Annual report on the Civil Veterinary Department, Burma (including the Insein Veterinary School) - 1932-1941
Year: 1932
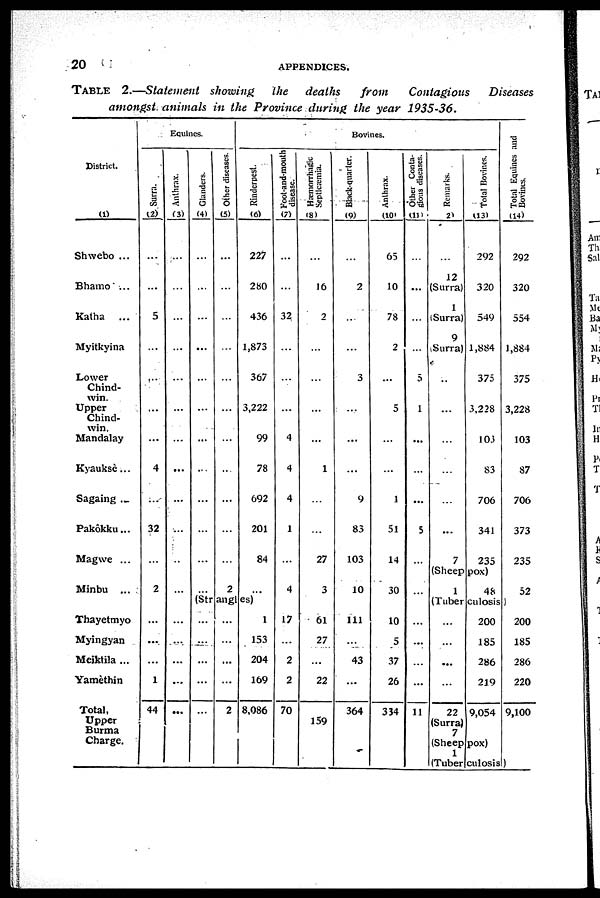
20
APPENDICES.
TABLE
2.—Statement showing
the
deaths
from
Contagious
Diseases
amongst
animals
in the Province
during
the year
1935-36.
District.
(1)
Shwebo ...
Bhamo ...
Katha
...
Myitkyina
Lower
Chind-
win.
Upper
Chind-
win.
Mandalay
Kyauksè ...
Sagaing ...
Pakôkku ...
Magwe ...
Minbu ...
Thayetmyo
Myingyan
Meiktila ...
Yamèthin
Total,
Upper
Burma
Charge.
Equines.
Surra.
(2)
...
...
5
...
...
...
...
4
...
32
...
2
...
...
...
1
44
Anthrax.
(3)
...
...
...
...
...
...
...
...
...
...
...
...
...
...
...
...
Glanders.
(4)
...
...
...
...
...
...
...
...
...
...
...
...
Other diseases.
(5)
...
...
...
...
...
...
...
...
...
...
...
2
Bovines.
Rinderpest.
(6)
227
280
436
1,873
367
3,222
99
78
692
201
84
...
(Strangles)
...
...
...
...
...
...
...
...
...
2
1
153
204
169
8,086
Foot-and-mouth
disease.
(7)
...
...
32
...
...
...
4
4
4
1
4
17
...
2
2
70
Hæmorrhagic
Septicæmia.
(8)
...
16
2
...
...
...
...
1
...
...
27
3
61
27
...
22
159
Black-quarter.
(9)
...
2
...
...
3
...
...
...
9
83
103
10
111
...
43
...
364
Anthrax.
(10)
65
10
78
2
...
5
...
...
1
51
14
30
10
5
37
26
334
Other Conta-
gious diseases.
(11)
...
...
...
...
3
1
...
...
...
5
...
...
...
...
...
...
11
Remarks.
2)
...
12
(Surra)
(Surra)
9
Surra)
...
...
...
...
...
...
7
Total Bovines.
(13)
292
320
549
1,884
375
3,228
103
83
706
341
235
(Sheep pox)
1
48
Total Equines and
(14)
292
320
554
1,884
375
3,228
103
87
706
373
235
52
(Tuberculosis)
...
...
...
...
22
(Surra)
7
200
185
286
219
9,054
(Sheep pox)
1
200
185
286
220
9,100
(Tuberculosis)